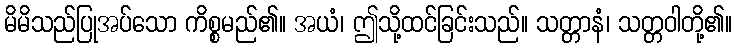
မိမိသည်ပြုအပ်သော ကိစ္စမည်၏။ အယံ၊ ဤသို့ထင်ခြင်းသည်။ သတ္တာနံ၊ သတ္တဝါတို့၏။